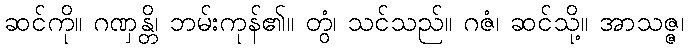
ဆင်ကို။ ဂဏှန္တိ၊ ဘမ်းကုန်၏။ တွံ၊ သင်သည်။ ဂဇံ၊ ဆင်သို့။ အာသဇ္ဇ၊